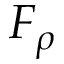
F _ { \rho }